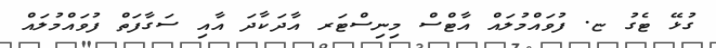
ގުޅޭ ޓެގު ޏ. ފުވައްމުލައް އާޓްސް މިނިސްޓަރ އާދަކާދަ އާއި ސަގާފަތް ފުވައްމުލައް